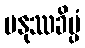
မနုဿခိပ္ပံ